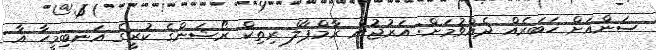
ސަންއަށް ޚަބަރެއް ދެއްވުމަށް: އަރުޖުން ރާމްޕާލް ރިތިކް ރޯޝަންގެ ކުރީގެ އަނބިމީހާ އާ